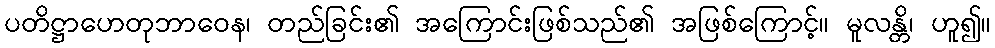
ပတိဋ္ဌာဟေတုဘာဝေန၊ တည်ခြင်း၏ အကြောင်းဖြစ်သည်၏ အဖြစ်ကြောင့်။ မူလန္တိ၊ ဟူ၍။